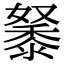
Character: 𪏷